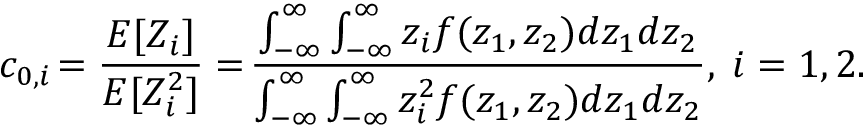
c _ { 0 , i } \! = \frac { E [ Z _ { i } ] } { E [ Z _ { i } ^ { 2 } ] } = \! \frac { \int _ { - \infty } ^ { \infty } \int _ { - \infty } ^ { \infty } z _ { i } f ( z _ { 1 } , z _ { 2 } ) d z _ { 1 } d z _ { 2 } } { \int _ { - \infty } ^ { \infty } \int _ { - \infty } ^ { \infty } z _ { i } ^ { 2 } f ( z _ { 1 } , z _ { 2 } ) d z _ { 1 } d z _ { 2 } } , \; i = 1 , 2 .